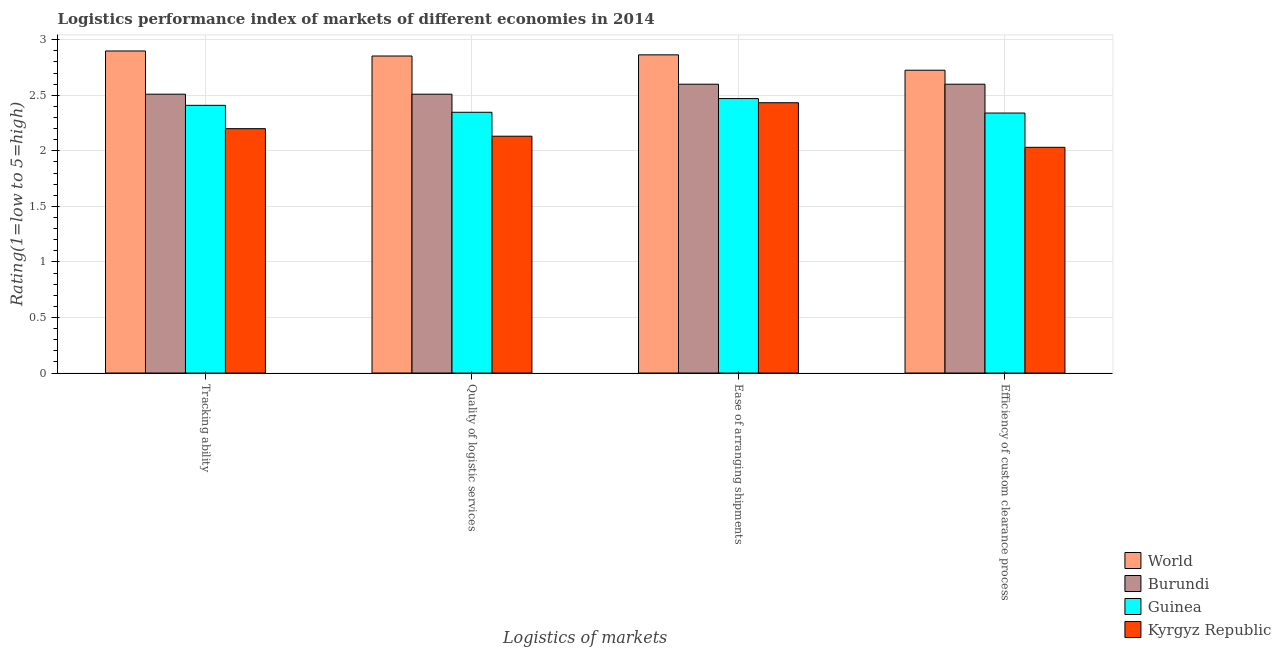
| Logistics of markets | World | Burundi | Guinea | Kyrgyz Republic |
 | --- | --- | --- | --- | --- |
 | Tracking ability | 2.9 | 2.51 | 2.41 | 2.2 |
 | Quality of logistic services | 2.85 | 2.51 | 2.35 | 2.13 |
 | Ease of arranging shipments | 2.86 | 2.6 | 2.47 | 2.43 |
 | Efficiency of custom clearance process | 2.73 | 2.6 | 2.34 | 2.03 |